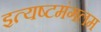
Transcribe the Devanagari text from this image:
इत्यष्टमंगलम